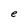
Character: e